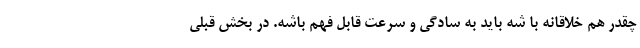
چقدر هم خلاقانه با شه باید به سادگی و سرعت قابل فهم باشه. در بخش قبلی